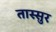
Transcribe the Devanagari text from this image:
तास्सुर